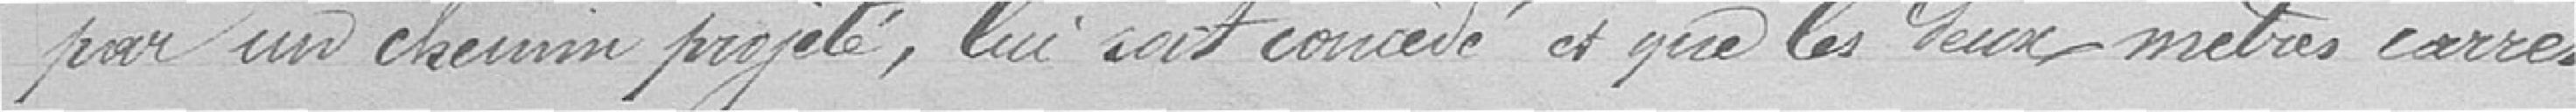
par un chemin projeté, lui soit concédé et gère les deux mètres carrés